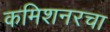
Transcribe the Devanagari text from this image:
कमिशनरचा